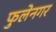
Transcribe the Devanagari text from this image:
फुलेनगर